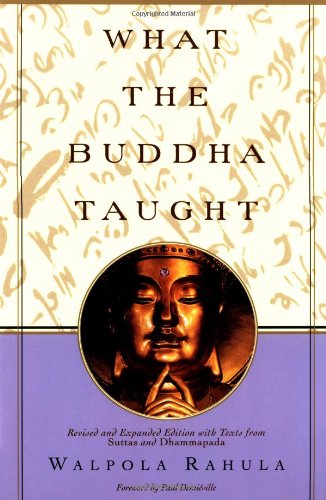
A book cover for What the Buddha Taught: Revised and Expanded Edition with Texts from Suttas and Dhammapada; Walpola Rahula; Politics & Social Sciences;